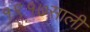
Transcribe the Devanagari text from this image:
१९१७साली